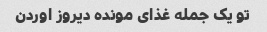
تو یک جمله غذای مونده دیروز اوردن